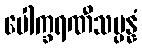
ပေါက္ခရဏီသမ္ပန္နံ